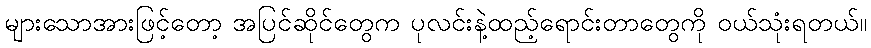
များသောအားဖြင့်တော့ အပြင်ဆိုင်တွေက ပုလင်းနဲ့ထည့်ရောင်းတာတွေကို ဝယ်သုံးရတယ်။